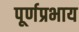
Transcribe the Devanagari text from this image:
पूर्णप्रभाय